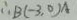
\therefore B ( - 3 , 0 ) A